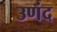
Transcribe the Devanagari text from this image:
उणंद